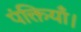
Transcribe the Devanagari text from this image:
पंक्तियाँ।